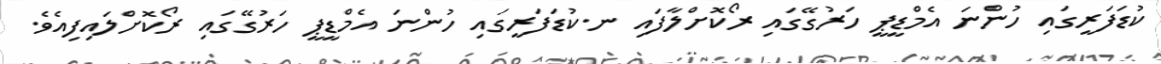
ކުޑަފަރީގައި ހުންނަ އެމްޑީޕީ ހަރުގޭގައި ރޯކޮށްލާފައި ނ.ކުޑަފަރީގައި ހުންނަ އެމްޑީޕީ ހަރުގޭގައި ރޯކޮށްލައިފިއެވެ.